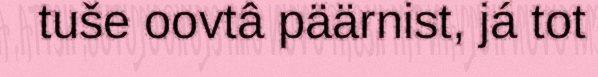
tuše oovtâ päärnist, já tot